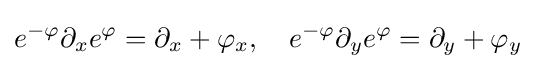
e^{-\varphi }\partial _{x}e^{\varphi }=\partial _{x}+\varphi _{x},\quad e^{-\varphi }\partial _{y}e^{\varphi }=\partial _{y}+\varphi _{y}